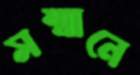
সম্মানে